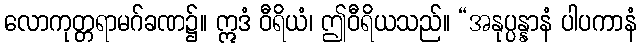
လောကုတ္တရာမဂ်ခဏ၌။ ဣဒံ ဝီရိယံ၊ ဤဝီရိယသည်။ “အနုပ္ပန္နာနံ ပါပကာနံ